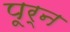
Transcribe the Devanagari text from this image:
पूर्न